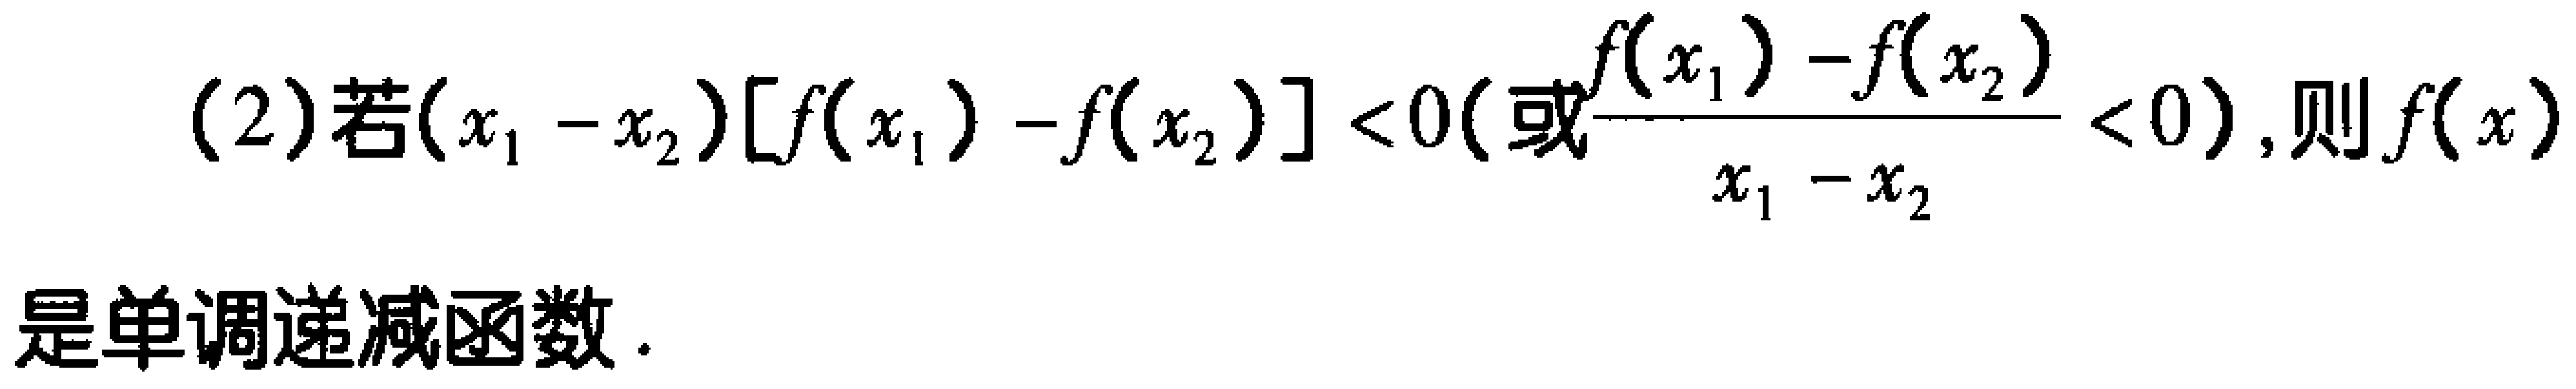
(2)若\((x_{1} - x_{2})[f(x_{1}) - f(x_{2})] < 0(\text{或}\frac{f(x_{1}) - f(x_{2})}{x_{1} - x_{2}} < 0)\)，则\(f(x)\)是单调递减函数.